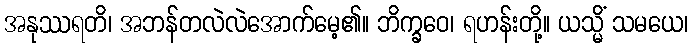
အနုဿရတိ၊ အဘန်တလဲလဲအောက်မေ့၏။ ဘိက္ခဝေ၊ ရဟန်းတို့။ ယသ္မိံ သမယေ၊